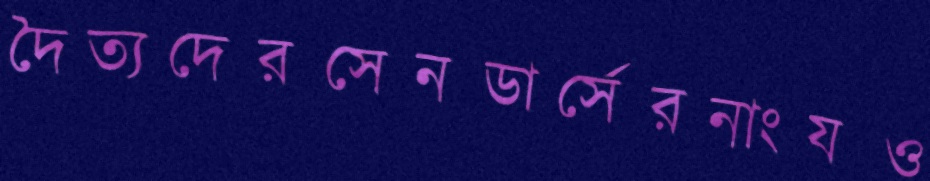
দৈত্যদেরসেনডার্সেরনাংযও